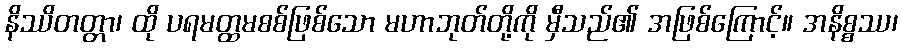
နိဿိတတ္တာ၊ ထို ပရမတ္ထမစစ်ဖြစ်သော မဟာဘုတ်တို့ကို မှီသည်၏ အဖြစ်ကြောင့်။ အနိစ္စဿ၊